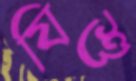
যিশু